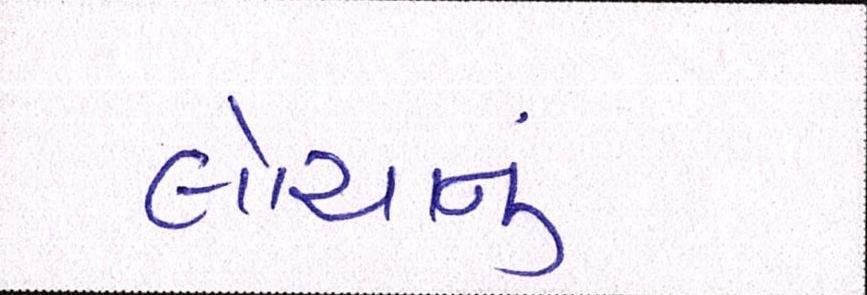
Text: લોચાનું